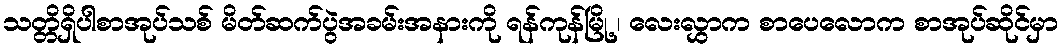
သတ္တိရှိပါစာအုပ်သစ် မိတ်ဆက်ပွဲအခမ်းအနားကို ရန်ကုန်မြို့ ၊ လေးလွှာက စာပေလောက စာအုပ်ဆိုင်မှာ